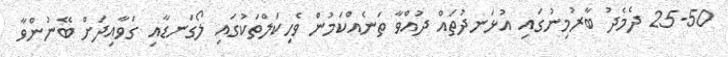
25-50 ދެމެދު ބާރުމިނުގައި އުޅަނދުތައް ދުއްވާ ތަނެއްކަމުން ވެހިކަލްތަކުގައި ލޯގަނޑާއި ގަވާއިދަށް ބޭނުންވާ